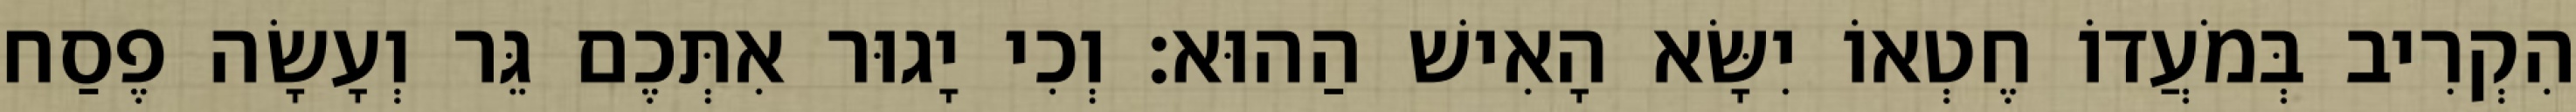
הִקְרִיב בְּמֹעֲדוֹ חֶטְאוֹ יִשָּׂא הָאִישׁ הַהוּא׃ וְכִי יָגוּר אִתְּכֶם גֵּר וְעָשָׂה פֶסַח